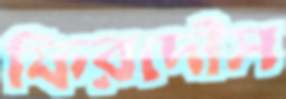
ফিরদৌস